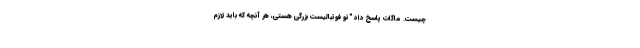
چیست. ماگات پاسخ داد "تو فوتبالیست بزرگی هستی، هر آنچه که باید لازم